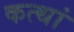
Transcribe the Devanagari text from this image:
कत्थां